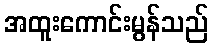
အထူးကောင်းမွန်သည်